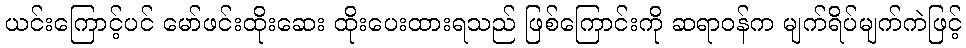
ယင်းကြောင့်ပင် မော်ဖင်းထိုးဆေး ထိုးပေးထားရသည် ဖြစ်ကြောင်းကို ဆရာဝန်က မျက်ရိပ်မျက်ကဲဖြင့်